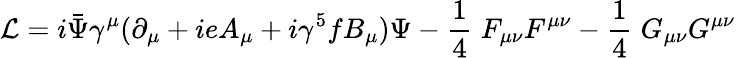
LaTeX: {\cal L}=i\bar{\Psi}\gamma^{\mu}(\partial_{\mu}+ieA_{\mu}+i\gamma^{5}fB_{\mu})\Psi-{\frac{1}{4}}\; F_{\mu\nu}F^{\mu\nu}-{\frac{1}{4}}\; G_{\mu\nu}G^{\mu\nu}